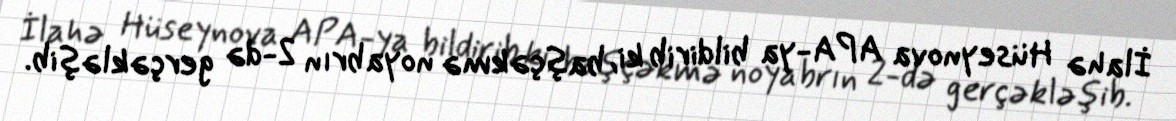
İlahə Hüseynova APA-ya bildirib ki, başçəkmə noyabrın 2-də gerçəkləşib.